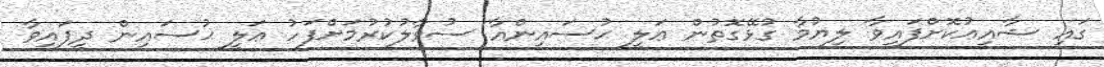
ގައި ޝާއިޢުކޮށްފައިވާ ލިޔުމާ ގުޅޭގޮތުން ޢަލީ ޙުސައިންއާ ސުވާލުކުރުމަށްފަހު ޢަލީ ޙުސައިން ދީފައިވާ